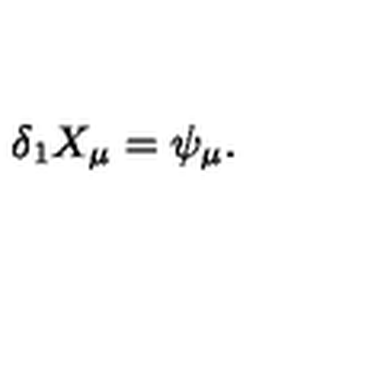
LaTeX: \delta _ { 1 } X _ { \mu } = \psi _ { \mu } .